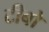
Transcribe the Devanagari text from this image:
टीबो